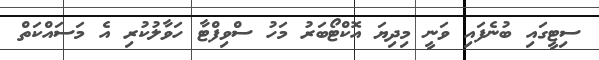
ސިޓީގައި ބުނެފައި ވަނީ މިދިޔަ އޮކްޓޯބަރު މަހު ސްވިފްޓާ ހަވާލުކުރި އެ މަސައްކަތް